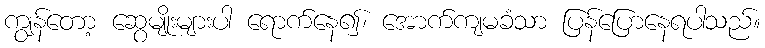
ကျွန်တော့ ဆွေမျိုးများပါ ရောက်နေ၍၊ အောက်ကျမခံသာ ပြန်ပြောနေရပါသည်။